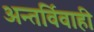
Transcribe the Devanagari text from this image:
अन्तर्विवाही